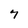
Character: 7